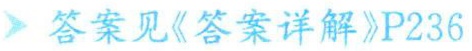
答案见《答案详解》P236